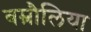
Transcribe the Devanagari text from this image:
बम्रौलिया